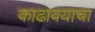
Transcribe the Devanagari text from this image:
काढावयाचा